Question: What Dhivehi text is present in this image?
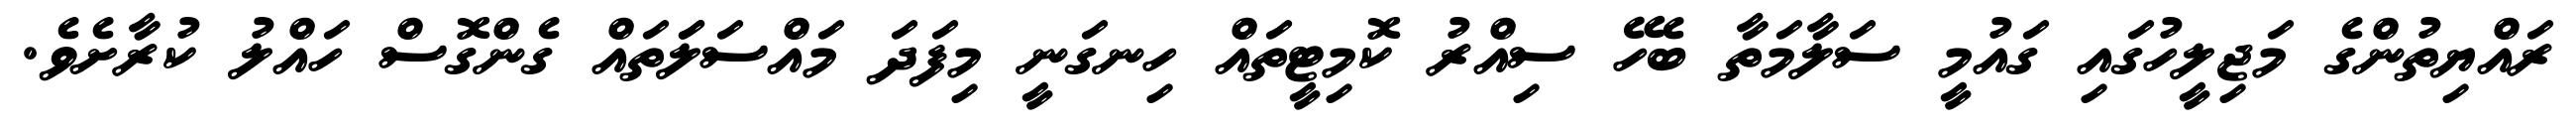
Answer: ރައްޔިތުންގެ މަޖިލީހުގައި ގައުމީ ސަލާމަތާ ބެހޭ ސިއްރު ކޮމިޓީތައް ހިނގަނީ މިފަދަ މައްސަލަަތައް ގެންގޮސް ހައްލު ކުރާށެވެ.